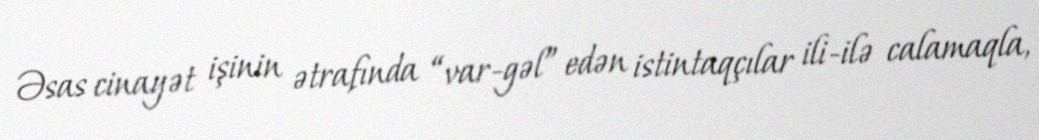
Əsas cinayət işinin ətrafında “var-gəl” edən istintaqçılar ili-ilə calamaqla,